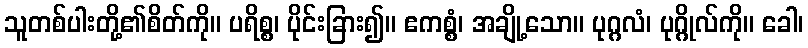
သူတစ်ပါးတို့၏စိတ်ကို။ ပရိစ္စ၊ ပိုင်းခြား၍။ ဧကစ္စံ၊ အချို့သော။ ပုဂ္ဂလံ၊ ပုဂ္ဂိုလ်ကို။ ခေါ၊